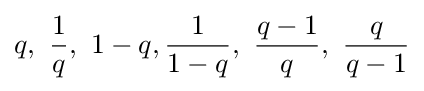
q,\ {\frac {1}{q}},\ 1-q,{\frac {1}{1-q}},\ {\frac {q-1}{q}},\ {\frac {q}{q-1}}